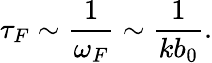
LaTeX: \tau_{F}\sim\frac{1}{\omega_{F}}\sim\frac{1}{kb_{0}}.